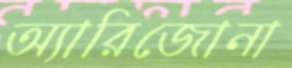
অ্যারিজোনা